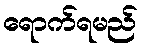
ရောက်ရမည်